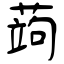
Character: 蒟